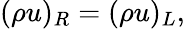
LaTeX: (\rho u)_{R}=(\rho u)_{L},